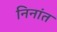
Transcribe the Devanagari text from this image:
निनांत